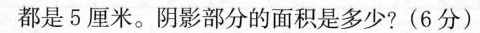
都是5厘米。阴影部分的面积是多少?(6分)